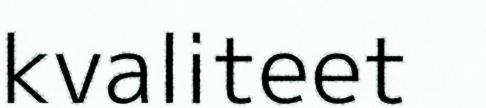
kvaliteet